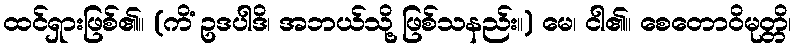
ထင်ရှားဖြစ်၏။ (ကိံ ဥဒပါဒိ၊ အဘယ်သို့ ဖြစ်သနည်း။) မေ၊ ငါ၏။ စေတောဝိမုတ္တိ၊